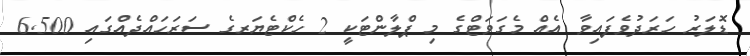
ޑޮލަރު ހަރަދުވެފައިވާ އެއް މެގަވަޓްގެ މި ޕްލާންޓަކީ 2 ހެކްޓެޔަރގެ ސަރަހައްދެއްގައި 6